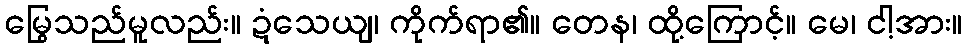
မြွေသည်မူလည်း။ ဍံသေယျ၊ ကိုက်ရာ၏။ တေန၊ ထို့ကြောင့်။ မေ၊ ငါ့အား။